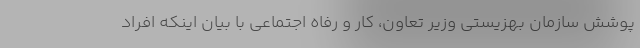
پوشش سازمان بهزیستی وزیر تعاون، کار و رفاه اجتماعی با بیان اینکه افراد